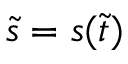
\widetilde s = s ( \widetilde t )